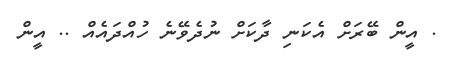
. އީން ބޭރަށް އެކަނި ދާކަށް ނުދެވޭނެ ހުއްދައެއް .. އީން